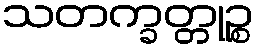
သတက္ခတ္တုဉ္စ